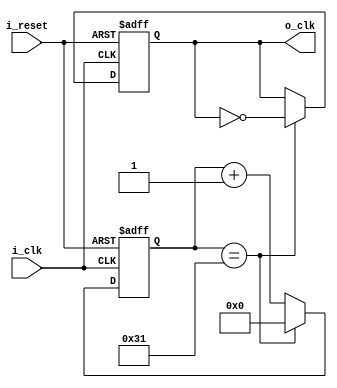
`timescale 1ns / 1ps

module Clock_Divider
(
    input i_clk,
    input i_reset,
    output o_clk
);

    reg r_clk = 0;
    reg [6:0] r_counter = 0;
    assign o_clk = r_clk;

    always @(posedge i_clk or posedge i_reset) begin
        if (i_reset) begin
            r_clk <= 1'b0;
            r_counter <= 0;
        end
        else begin
            if (r_counter == 49) begin      // 49 = 50 - 1 = 100/2 -1
                r_counter <= 0;
                r_clk <= ~r_clk;
        end
            else begin
                r_counter = r_counter + 1;
            end
        end
    end
endmodule